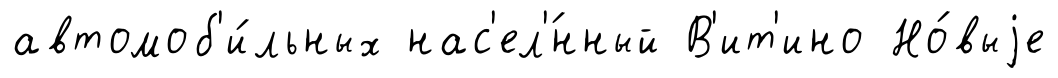
автомоб'и́льных нас'ел'́нный В'ит'ино Но́выjе